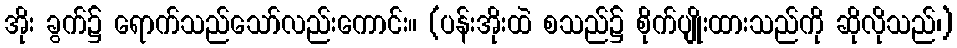
အိုး ခွက်၌ ရောက်သည်သော်လည်းကောင်း။ (ပန်းအိုးထဲ စသည်၌ စိုက်ပျိုးထားသည်ကို ဆိုလိုသည်၊)